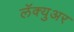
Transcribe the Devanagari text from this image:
लॅक्युअर